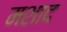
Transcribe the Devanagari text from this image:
मशाद